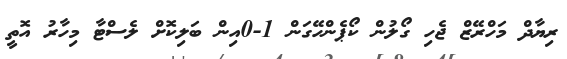
ރިޔާދް މަހްރޭޒް ޖެހި ގޯލުން ކޯޕެންހޭގަން 1-0އިން ބަލިކޮށް ލެސްޓާ މިހާރު އޮތީ